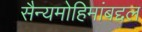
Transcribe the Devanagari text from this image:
सैन्यमोहिमांबद्दल